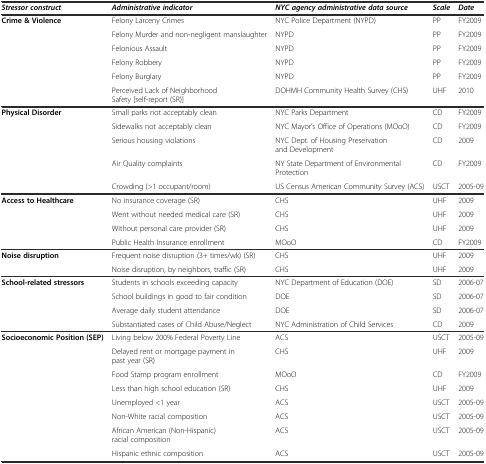
<table><thead><tr><td><b><i>Stressor construct</i></b></td><td><b><i>Administrative indicator</i></b></td><td><b><i>NYC agency administrative data source</i></b></td><td><b><i>Scale</i></b></td><td><b><i>Date</i></b></td></tr></thead><tbody><tr><td rowspan="6"><b>Crime &amp; Violence</b></td><td>Felony Larceny Crimes</td><td>NYC Police Department (NYPD)</td><td>PP</td><td>FY2009</td></tr><tr><td>Felony Murder and non-negligent manslaughter</td><td>NYPD</td><td>PP</td><td>FY2009</td></tr><tr><td>Felonious Assault</td><td>NYPD</td><td>PP</td><td>FY2009</td></tr><tr><td>Felony Robbery</td><td>NYPD</td><td>PP</td><td>FY2009</td></tr><tr><td>Felony Burglary</td><td>NYPD</td><td>PP</td><td>FY2009</td></tr><tr><td>Perceived Lack of Neighborhood Safety [self-report (SR)]</td><td>DOHMH Community Health Survey (CHS)</td><td>UHF</td><td>2010</td></tr><tr><td rowspan="5"><b>Physical Disorder</b></td><td>Small parks not acceptably clean</td><td>NYC Parks Department</td><td>CD</td><td>FY2009</td></tr><tr><td>Sidewalks not acceptably clean</td><td>NYC Mayor’s Office of Operations (MOoO)</td><td>CD</td><td>FY2009</td></tr><tr><td>Serious housing violations</td><td>NYC Dept. of Housing Preservation and Development</td><td>CD</td><td>2009</td></tr><tr><td>Air Quality complaints</td><td>NY State Department of Environmental Protection</td><td>CD</td><td>FY2009</td></tr><tr><td>Crowding (&gt;1 occupant/room)</td><td>US Census American Community Survey (ACS)</td><td>USCT</td><td>2005-09</td></tr><tr><td rowspan="4"><b>Access to Healthcare</b></td><td>No insurance coverage (SR)</td><td>CHS</td><td>UHF</td><td>2009</td></tr><tr><td>Went without needed medical care (SR)</td><td>CHS</td><td>UHF</td><td>2009</td></tr><tr><td>Without personal care provider (SR)</td><td>CHS</td><td>UHF</td><td>2009</td></tr><tr><td>Public Health Insurance enrollment</td><td>MOoO</td><td>CD</td><td>FY2009</td></tr><tr><td rowspan="2"><b>Noise disruption</b></td><td>Frequent noise disruption (3+ times/wk) (SR)</td><td>CHS</td><td>UHF</td><td>2009</td></tr><tr><td>Noise disruption, by neighbors, traffic (SR)</td><td>CHS</td><td>UHF</td><td>2009</td></tr><tr><td rowspan="4"><b>School-related stressors</b></td><td>Students in schools exceeding capacity</td><td>NYC Department of Education (DOE)</td><td>SD</td><td>2006-07</td></tr><tr><td>School buildings in good to fair condition</td><td>DOE</td><td>SD</td><td>2006-07</td></tr><tr><td>Average daily student attendance</td><td>DOE</td><td>SD</td><td>2006-07</td></tr><tr><td>Substantiated cases of Child Abuse/Neglect</td><td>NYC Administration of Child Services</td><td>CD</td><td>2009</td></tr><tr><td rowspan="8"><b>Socioeconomic Position (SEP)</b></td><td>Living below 200% Federal Poverty Line</td><td>ACS</td><td>USCT</td><td>2005-09</td></tr><tr><td>Delayed rent or mortgage payment in past year (SR)</td><td>CHS</td><td>UHF</td><td>2009</td></tr><tr><td>Food Stamp program enrollment</td><td>MOoO</td><td>CD</td><td>FY2009</td></tr><tr><td>Less than high school education (SR)</td><td>CHS</td><td>UHF</td><td>2009</td></tr><tr><td>Unemployed &lt;1 year</td><td>ACS</td><td>USCT</td><td>2005-09</td></tr><tr><td>Non-White racial composition</td><td>ACS</td><td>USCT</td><td>2005-09</td></tr><tr><td>African American (Non-Hispanic) racial composition</td><td>ACS</td><td>USCT</td><td>2005-09</td></tr><tr><td>Hispanic ethnic composition</td><td>ACS</td><td>USCT</td><td>2005-09</td></tr></tbody></table>